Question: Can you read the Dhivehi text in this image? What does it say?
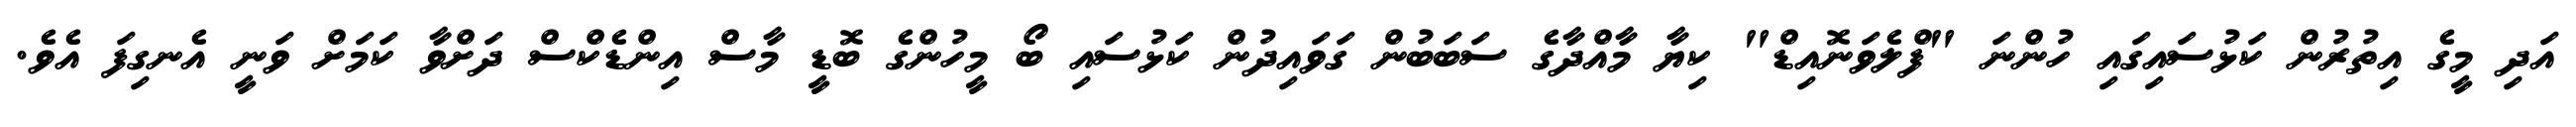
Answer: އަދި މީގެ އިތުރުން ކަޅުސައިގައި ހުންނަ "ފްލެވަނޮއިޑް" ކިޔާ މާއްދާގެ ސަބަބުން ގަވައިދުން ކަޅުސައި ބޯ މީހުންގެ ބޮޑީ މާސް އިންޑެކްސް ދަށްވާ ކަމަށް ވަނީ އެނގިފަ އެވެ.